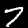
Label: 7